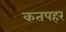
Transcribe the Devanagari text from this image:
कतपहर